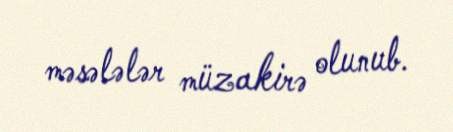
məsələlər müzakirə olunub.